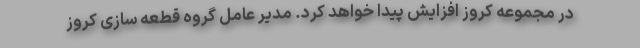
در مجموعه کروز افزایش پیدا خواهد کرد. مدیر عامل گروه قطعه سازی کروز